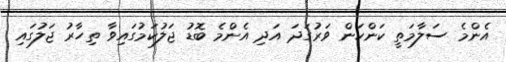
އެންމެ ސަލާމަތީ ކަންކަން ވަރުގަދަ އަދި އެންމެ ބޮޑު ޖަލުކަމުގައިވާ ތިހާރު ޖަލުގައި